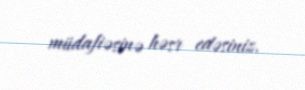
müdafiəsinə həsr edəsiniz.